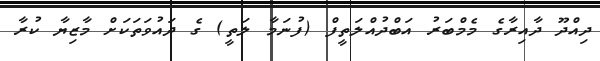
ދިއްދޫ ދާއިރާގެ މެމްބަރު އަބްދުއްލަތީފް (ފުނަމާ ލަތީ) ގެ ދައުވަތަކަށް މާޒިޔާ ކުރާ